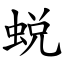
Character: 蜕